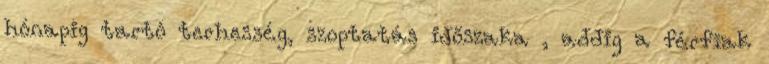
hónapig tartó terhesség, szoptatás időszaka , addig a férﬁak